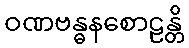
ဝဏဗန္ဓနစောဠန္တိ